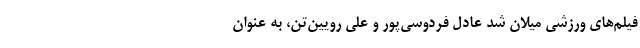
فیلم‌های ورزشی میلان شد عادل فردوسی‌پور و علی رویین‌تن، به عنوان